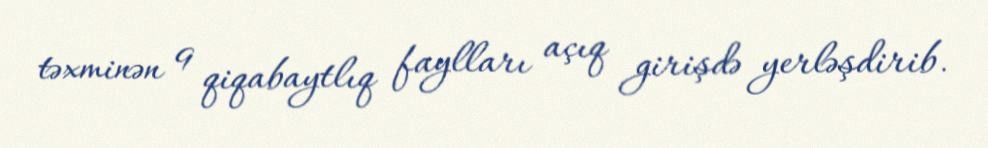
təxminən 9 qiqabaytlıq faylları açıq girişdə yerləşdirib.